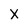
Character: X